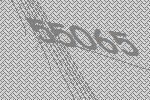
55065